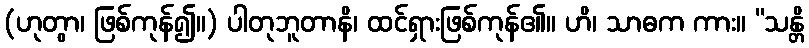
(ဟုတွာ၊ ဖြစ်ကုန်၍။) ပါတုဘူတာနိ၊ ထင်ရှားဖြစ်ကုန်၏။ ဟိ၊ သာဓက ကား။ “သန္တိ